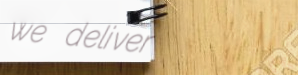
we deliver